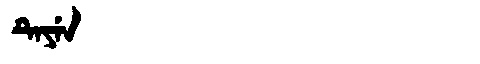
Manchu: ᡨᡝᠶᡝᠨ
Romanization: TEYEN